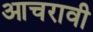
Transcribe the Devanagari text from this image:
आचरावी